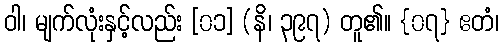
ဝါ၊ မျက်လုံးနှင့်လည်း [၀၁] (နိ၊ ၃၉၇) တူ၏။ {၀၇} ဧတံ၊